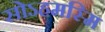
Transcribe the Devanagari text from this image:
सोऽहमस्मि